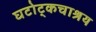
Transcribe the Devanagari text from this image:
घटोट्कचाश्रय